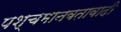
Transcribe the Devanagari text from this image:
पश्चमानवतावादी